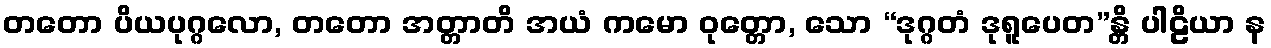
တတော ပိယပုဂ္ဂလော, တတော အတ္တာတိ အယံ ကမော ဝုတ္တော, သော “ဒုဂ္ဂတံ ဒုရူပေတ”န္တိ ပါဠိယာ န